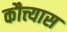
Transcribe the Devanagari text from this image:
कौत्त्यास